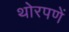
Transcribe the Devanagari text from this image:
थोरपणें